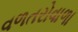
વળતરોવાળા